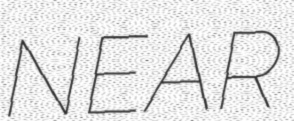
NEAR